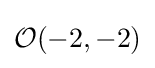
{\mathcal {O}}(-2,-2)